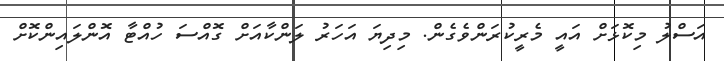
އަސްލު މިކޮޅަށް އައީ މެރީކުރަންވެގެން. މިދިޔަ އަހަރު ލަންކާއަށް ގޮއްސަ ހުއްޓާ އޮންލައިންކޮށް